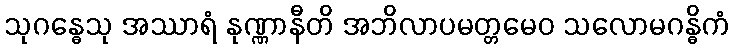
သုဂန္ဓေသု အဿာရံ နုဏ္ဏာနီတိ အဘိလာပမတ္တမေဝ သလောမဂန္ဓိကံ